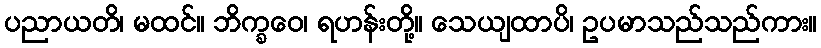
ပညာယတိ၊ မထင်။ ဘိက္ခဝေ၊ ရဟန်းတို့။ သေယျထာပိ၊ ဥပမာသည်သည်ကား။